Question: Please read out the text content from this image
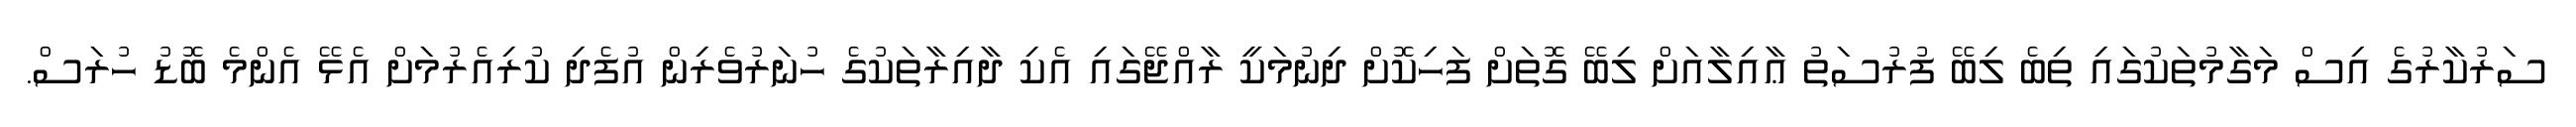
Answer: ސަރުކާރުގެ އިސް މަގާމުތަކުގައި ތިބެ ލިބޭ ފުރުސަތު ޢާއިލާއަށް ލިބޭ ގޮތަށް ފަހިކޮށް ދިނުމަކީ ރާއްޖޭގައި އެކި ދާއިރާތަކުގެ ހުނަރުވެރިން އުފެދި ކުރިއެރުމަށް އެޅޭ އެންމެ ބޮޑު ހުރަސް.